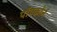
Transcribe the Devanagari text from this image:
पॉपकोर्न